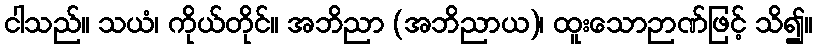
ငါသည်။ သယံ၊ ကိုယ်တိုင်။ အဘိညာ (အဘိညာယ)၊ ထူးသောဉာဏ်ဖြင့် သိ၍။